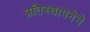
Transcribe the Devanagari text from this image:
प्रतिस्थापनेने